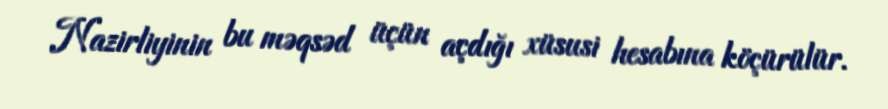
Nazirliyinin bu məqsəd üçün açdığı xüsusi hesabına köçürülür.